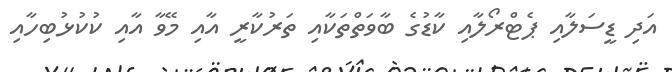
އަދި ޑީސަލާއި ޕެޓްރޯލާއި ކާޑުގެ ބާވަތްތަކާއި ތަރުކާރީ އާއި މޭވާ އާއި ކުކުޅުބިހާއި